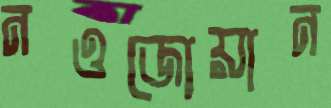
নওজোয়ান